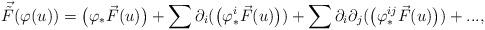
LaTeX: \begin{align*}\vec {\tilde F} (\varphi(u)) = \big( \varphi_* \vec F(u) \big) + \sum \partial_i (\big( \varphi^i_* \vec F(u) \big) ) + \sum \partial_i\partial_j (\big( \varphi^{ij}_* \vec F(u) \big) )+...,\end{align*}